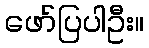
ဖော်ပြပါဦး။